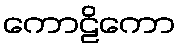
ကောဠိကော